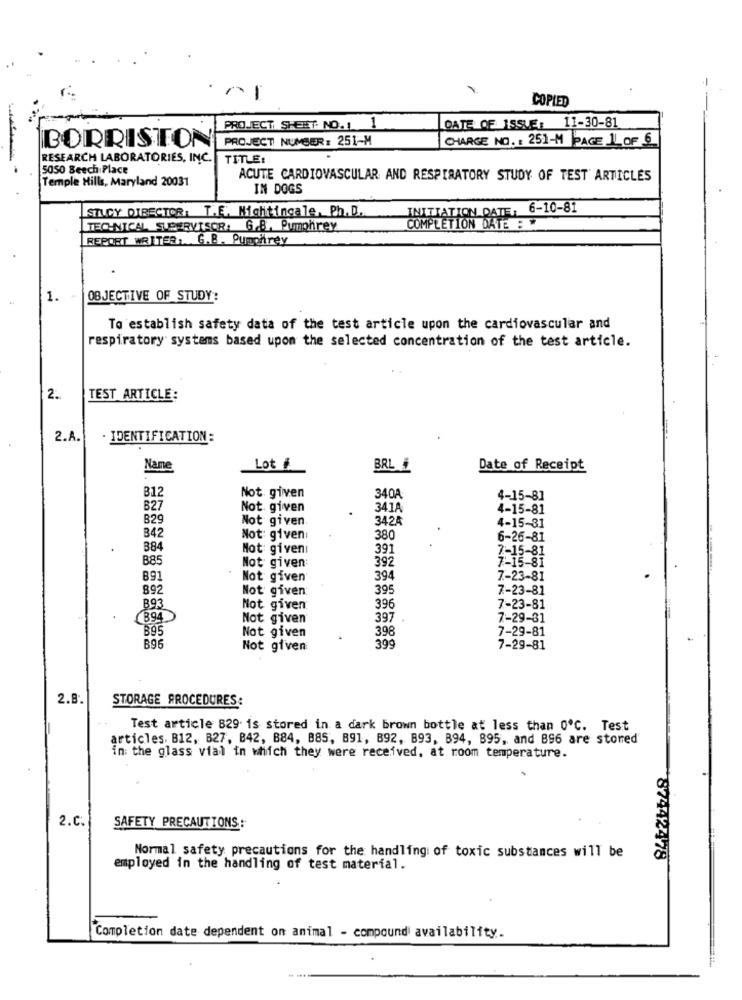
-
-
COPIED
DATE OF ISSUE: 11-30-81
PROJECT SHEET NO. 1 1
PROJECT NUMBER: 251-M
CHARGE NO. : 251-M PAGE 1OF 6
BORRISTON
RESEARCH LABORATORIES, INC.
TITLE:
5050 Beech Place
Temple Hills, Maryland 20031
ACUTE CARDIOVASCULAR AND RESPIRATORY STUDY OF TEST ARTICLES
IN DOGS
STURY DIRECTOR: T.E. Nightingale, Ph. D.
INITIATION DATE, 6-10-81
TECHNICAL SUPERVISOR. G.B. Pumphrey
COMPLETION DATE :
REPORT WRITER, G.B. Pumphrey
1.
OBJECTIVE OF STUDY:
To establish safety data of the test article upon the cardiovascular and
respiratory systems based upon the selected concentration of the test article.
2.
TEST ARTICLE:
2.A.
· IDENTIFICATION :
Name
Lot #
BRL 4
Date of Receipt
B12
Not given
340A
4-15-81
B27
Not. given
341A
4-15-81
B29
Not given
3424
B42
4-15-31
Not: given:
380
6-26-81
384
Not givenı
391
7-15-81
B85
392
7-15-81
Not given:
891
Not given
394
7-23-81
892
Not given
395
7-23-81
B93
Not given
396
7-23-81
394
Not given
397 .
7-29-31
B95
Not given
398
7-29-81
B96
Not given
399
7-29-81
2.8.
STORAGE PROCEDURES:
Test article 829 is stored in a dark brown bottle at less than 0º℃. Test
articles. B12, B27, B42, 884, B85, B91, B92, B93, B94, 895, and B96 are stored'
in: the glass vial in which they were received, at room temperature.
2.C.
SAFETY PRECAUTIONS:
Normal safety precautions for the handling of toxic substances will be
87442478
employed in the handling of test material.
Completion date dependent on animal - compound availability.
....